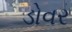
ડોવર